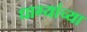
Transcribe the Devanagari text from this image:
धाग्यांच्या